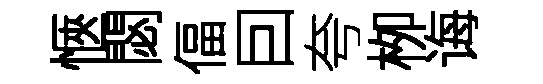
愜閟偪囙夸栁诲